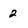
Character: 2